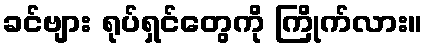
ခင်ဗျား ရုပ်ရှင်တွေကို ကြိုက်လား။